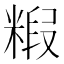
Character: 𮇭